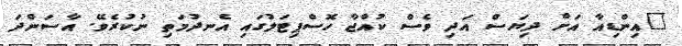
"އިންޑިއާ އަށް ދިޔަސް އަދި ވެސް ކުއްޖާ ހޮސްޕިޓަލުގައި އެނދުމަތި ނުކުރެވޭ. އާސަންދަ